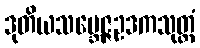
ဒုတိယသမ္ဘေဇ္ဇဥဒကသုတ္တံ